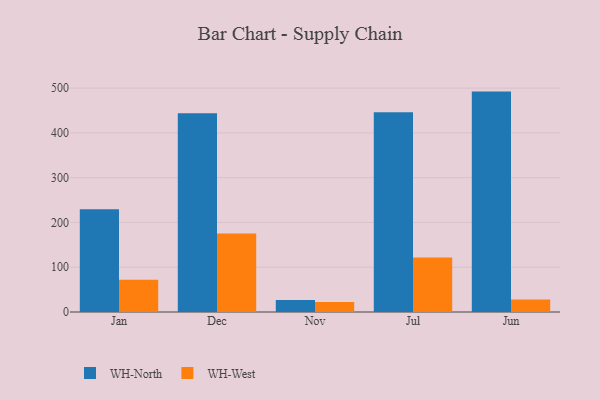
{"axis": {"x": "Month", "y": "Shipments"}, "legend": ["WH-North", "WH-West"], "data": [{"x": "Jan", "y": 229.3, "type": "WH-North"}, {"x": "Jan", "y": 71.8, "type": "WH-West"}, {"x": "Dec", "y": 443.8, "type": "WH-North"}, {"x": "Dec", "y": 175.1, "type": "WH-West"}, {"x": "Nov", "y": 27.0, "type": "WH-North"}, {"x": "Nov", "y": 22.6, "type": "WH-West"}, {"x": "Jul", "y": 446.1, "type": "WH-North"}, {"x": "Jul", "y": 121.8, "type": "WH-West"}, {"x": "Jun", "y": 492.2, "type": "WH-North"}, {"x": "Jun", "y": 27.8, "type": "WH-West"}]}